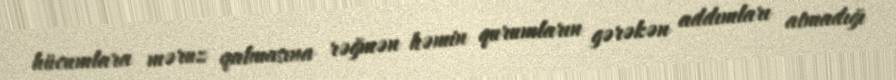
hücumlara məruz qalmasına rəğmən həmin qurumların gərəkən addımları atmadığı